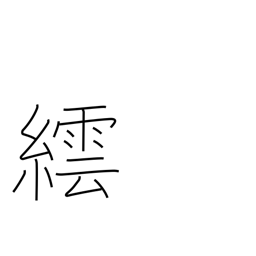
Meaning: a method of dyeing